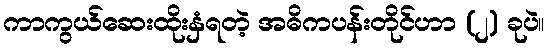
ကာကွယ်ဆေးထိုးနှံရတဲ့ အဓိကပန်းတိုင်ဟာ (၂) ခုပဲ။